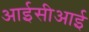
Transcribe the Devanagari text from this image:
आईसीआई